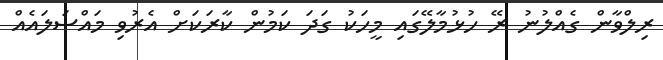
ރިލްވާން ގެއްލުނު ރޭ ހުޅުމާލޭގައި މީހަކު ގަދަ ކަމުން ކާރަކަށް އެރުވި މައްސަލައެއް